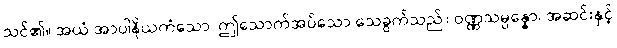
သင်၏။ အယံ အာပါနိယကံသော၊ ဤသောက်အပ်သော သေခွက်သည်။ ဝဏ္ဏသမ္ပန္နော၊ အဆင်းနှင့်